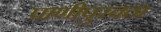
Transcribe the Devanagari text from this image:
पाणीपुरवठा